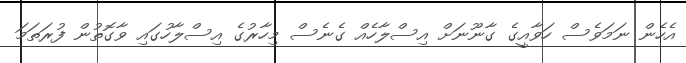
އެހެން ނަމަވެސް ހަވާއީގެ ގާނޫނަށް އިސްލާހެއް ގެނެސް މިހާރުގެ އިސްލާހުގައި ވާގޮތުން ފުރަތަމަ